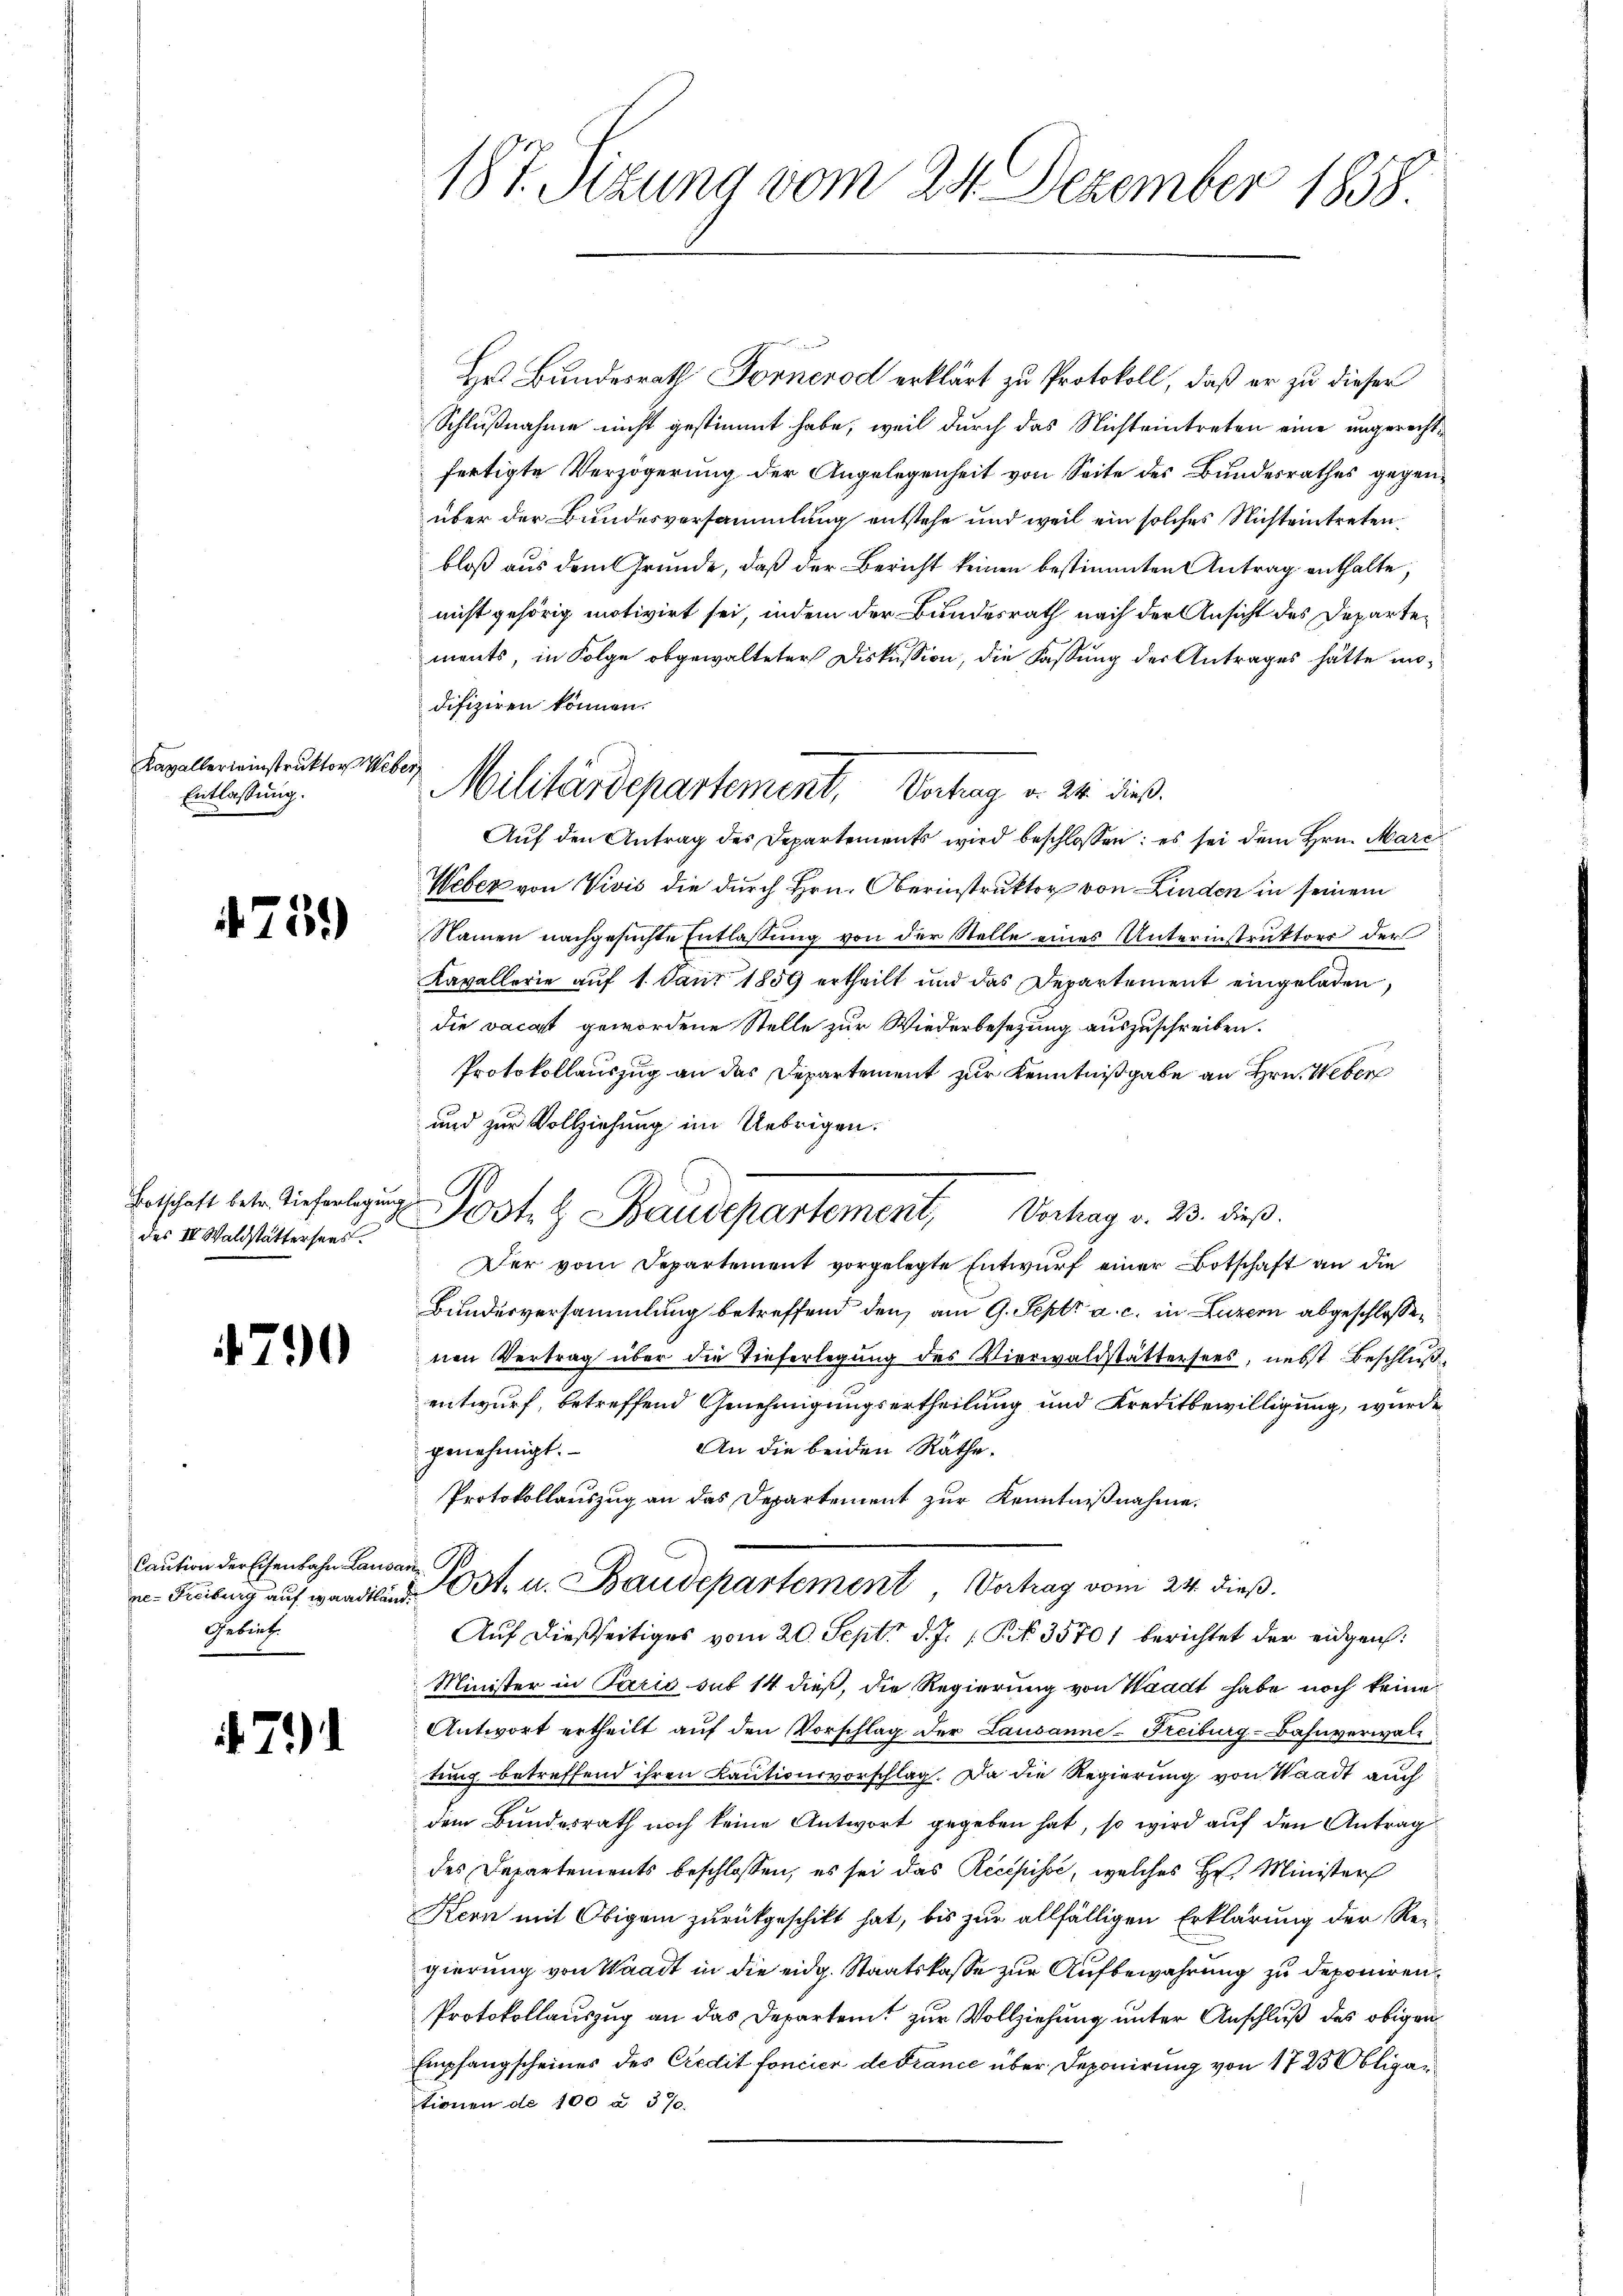
Kavallerieinstruktor Weber
Entlassung.

475.

Botschaft betr. Tieferlegun
des III. Waldstättersees

7

Caution der Eisenbahn Lausan
Gebiet.

71)

187. Sizung vom 24. Dezember 1858.

Hr Bundesrath Fornerod erklärt zu Protokoll, daß er zu dieser
Schlußnahme nicht gestimmt habe, weil durch das Nichteintreten eine ungerechtfertigte Verzögerung der Angelegenheit von Seite des Bundesrathes gegenüber der Bundesversammlung entstehe und weil ein solches Nichteintretenbloß aus dem Gründe, daß der Bericht keinen bestimmten Antrag enthalte;
nicht gehörig motivirt sei, indem der Bundesrath nach der Ansicht des Departements, in Folge abgewalteter Diskussion, die Fassung der Antrages hätte modifiziren können.
Auf den Antrag des Departements wird beschlossen: es sei dem Hrn. Marc
Weber von Vivis die durch Hrn. Oberinstruktor von Linden in seinem
Namen nachgesuchte Entlassung von der Stelle eines Unterinstruktor der
Kavallerie auf 1. Jant 1859 ertheilt und das Departement eingeladen,
die vacast gewordene Stelle zur Wiederbesetzung auszuschreiben.
Protokollauszug an das Departement zur Kenntnißgabe an Hrn. Weber
und zur Vollziehung im Uebrigen.
p
Der vom Departement vorgelegte Entwurf einer Botschaft an die
Bundesversammlung betreffend den am 9. Sept. a. c. in Luzern abgeschlossen
nen Vertrag über die Tieferlegung des Vierwaldstättersees, nebst Beschluß
entwurf, betreffend Genehmigungsertheilung und Kreditbewilligung, wurde
An die beiden Räthe.
genehmigt.
Protokollauszug an das Departement zur Kenntnißnahme.
v. Freibung auf wandten Ost- u. Baudepartement, Vertrag vom 24. dieß.
Auf dießseitiges vom 20. Sept. d. J. 1 Pf. 35701 berichtet der eidgen:
Minister in Paris sub 14 dieß, die Regierung von Waadt habe noch keine
Antwort ertheilt auf den Vorschlag der Lausanne-Freiburg-Bahnverwaltung betreffend ihren Kautionsvorschlag. Da die Regierung von Waadt auch
dem Bundesrath noch keine Antwort gegeben hat, so wird auf den Antrag
des Departements beschlossen, es sei das Recepisse, welches Hr. Minister
Kern mit Obigem zurückgeschikt hat, bis zur allfälligen Erklärung der Regierung von Waadt in die eidg. Staatskasse zur Aufbewahrung zu deponiren¬
Protokollauszug an das Departeit zur Vollziehung unter Anschluß des obigen
Empfangscheines des Credit foncier de France über Deponirung von 1725 Obligantionen de 100 u. 370.

A

Militärdepartement, Vortrag d. 24. dieß.

Josts Baudepartement, Vertrag v. 23. dieß.